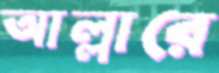
আল্লারে